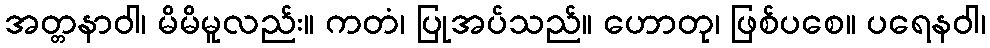
အတ္တနာဝါ၊ မိမိမူလည်း။ ကတံ၊ ပြုအပ်သည်။ ဟောတု၊ ဖြစ်ပစေ။ ပရေနဝါ၊